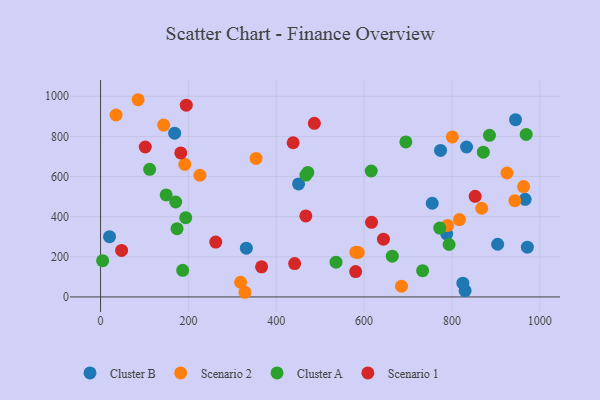
{"axis": {"x": "Distance", "y": "Profit"}, "legend": ["Cluster A", "Cluster B", "Scenario 1", "Scenario 2"], "data": [{"x": "904.1", "y": 262.6, "type": "Cluster B"}, {"x": "830.0", "y": 31.4, "type": "Cluster B"}, {"x": "944.8", "y": 883.3, "type": "Cluster B"}, {"x": "168.7", "y": 816.0, "type": "Cluster B"}, {"x": "966.7", "y": 486.4, "type": "Cluster B"}, {"x": "833.3", "y": 747.1, "type": "Cluster B"}, {"x": "331.9", "y": 243.0, "type": "Cluster B"}, {"x": "824.9", "y": 68.8, "type": "Cluster B"}, {"x": "971.8", "y": 247.8, "type": "Cluster B"}, {"x": "788.1", "y": 313.7, "type": "Cluster B"}, {"x": "774.1", "y": 729.9, "type": "Cluster B"}, {"x": "20.4", "y": 300.5, "type": "Cluster B"}, {"x": "450.8", "y": 563.0, "type": "Cluster B"}, {"x": "755.1", "y": 466.9, "type": "Cluster B"}, {"x": "35.3", "y": 906.6, "type": "Scenario 2"}, {"x": "685.2", "y": 53.4, "type": "Scenario 2"}, {"x": "790.1", "y": 356.3, "type": "Scenario 2"}, {"x": "867.9", "y": 442.0, "type": "Scenario 2"}, {"x": "143.7", "y": 856.5, "type": "Scenario 2"}, {"x": "925.4", "y": 617.6, "type": "Scenario 2"}, {"x": "328.8", "y": 23.2, "type": "Scenario 2"}, {"x": "85.5", "y": 982.8, "type": "Scenario 2"}, {"x": "191.8", "y": 660.9, "type": "Scenario 2"}, {"x": "318.8", "y": 73.2, "type": "Scenario 2"}, {"x": "817.1", "y": 385.6, "type": "Scenario 2"}, {"x": "226.2", "y": 606.3, "type": "Scenario 2"}, {"x": "943.3", "y": 479.8, "type": "Scenario 2"}, {"x": "354.0", "y": 690.1, "type": "Scenario 2"}, {"x": "581.3", "y": 223.2, "type": "Scenario 2"}, {"x": "963.2", "y": 550.1, "type": "Scenario 2"}, {"x": "586.6", "y": 222.0, "type": "Scenario 2"}, {"x": "801.0", "y": 797.2, "type": "Scenario 2"}, {"x": "871.5", "y": 721.3, "type": "Cluster A"}, {"x": "616.3", "y": 627.6, "type": "Cluster A"}, {"x": "536.1", "y": 173.4, "type": "Cluster A"}, {"x": "885.5", "y": 805.5, "type": "Cluster A"}, {"x": "149.4", "y": 508.3, "type": "Cluster A"}, {"x": "471.9", "y": 620.5, "type": "Cluster A"}, {"x": "4.7", "y": 180.8, "type": "Cluster A"}, {"x": "187.0", "y": 132.7, "type": "Cluster A"}, {"x": "772.3", "y": 343.0, "type": "Cluster A"}, {"x": "733.3", "y": 130.7, "type": "Cluster A"}, {"x": "664.2", "y": 203.2, "type": "Cluster A"}, {"x": "793.5", "y": 261.4, "type": "Cluster A"}, {"x": "695.1", "y": 772.5, "type": "Cluster A"}, {"x": "174.1", "y": 340.2, "type": "Cluster A"}, {"x": "969.1", "y": 809.7, "type": "Cluster A"}, {"x": "171.1", "y": 473.2, "type": "Cluster A"}, {"x": "467.6", "y": 607.2, "type": "Cluster A"}, {"x": "193.9", "y": 395.1, "type": "Cluster A"}, {"x": "111.8", "y": 635.9, "type": "Cluster A"}, {"x": "580.8", "y": 126.3, "type": "Scenario 1"}, {"x": "101.8", "y": 747.2, "type": "Scenario 1"}, {"x": "195.2", "y": 955.8, "type": "Scenario 1"}, {"x": "644.1", "y": 287.9, "type": "Scenario 1"}, {"x": "486.8", "y": 865.1, "type": "Scenario 1"}, {"x": "182.6", "y": 717.7, "type": "Scenario 1"}, {"x": "366.6", "y": 150.1, "type": "Scenario 1"}, {"x": "262.3", "y": 273.5, "type": "Scenario 1"}, {"x": "47.9", "y": 232.0, "type": "Scenario 1"}, {"x": "467.4", "y": 403.9, "type": "Scenario 1"}, {"x": "438.5", "y": 768.4, "type": "Scenario 1"}, {"x": "617.0", "y": 371.7, "type": "Scenario 1"}, {"x": "852.9", "y": 501.4, "type": "Scenario 1"}, {"x": "441.9", "y": 166.0, "type": "Scenario 1"}]}